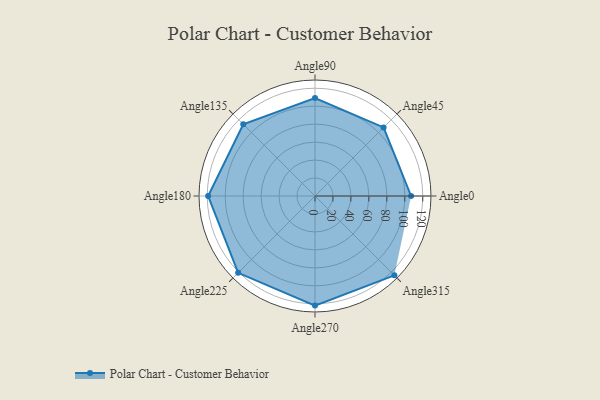
{"axis": {"x": "Angle", "y": "Radius"}, "legend": [""], "data": [{"x": "Angle0", "y": 107.0, "type": ""}, {"x": "Angle45", "y": 108.0, "type": ""}, {"x": "Angle90", "y": 109.0, "type": ""}, {"x": "Angle135", "y": 113.0, "type": ""}, {"x": "Angle180", "y": 119.0, "type": ""}, {"x": "Angle225", "y": 121.0, "type": ""}, {"x": "Angle270", "y": 122.0, "type": ""}, {"x": "Angle315", "y": 125.0, "type": ""}]}